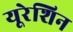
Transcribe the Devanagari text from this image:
यूरेशिन